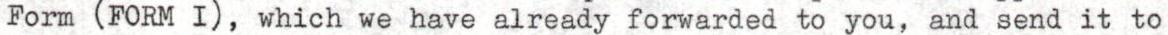
Form (FORM I), which we have already forwarded to you, and send it to